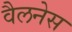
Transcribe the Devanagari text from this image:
वैलनेस